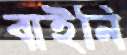
বাইনি